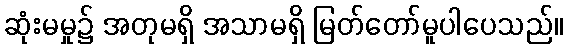
ဆုံးမမှု၌ အတုမရှိ အသာမရှိ မြတ်တော်မူပါပေသည်။